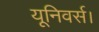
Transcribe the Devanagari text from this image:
यूनिवर्स।